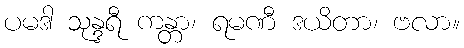
ပမဒါ သုန္ဒရီ ကန္တာ၊ ရမဏီ ဒယိတာ၊ ဗလာ။